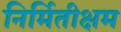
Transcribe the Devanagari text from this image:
निर्मितीक्षम